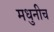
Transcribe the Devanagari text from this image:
मधुनीच